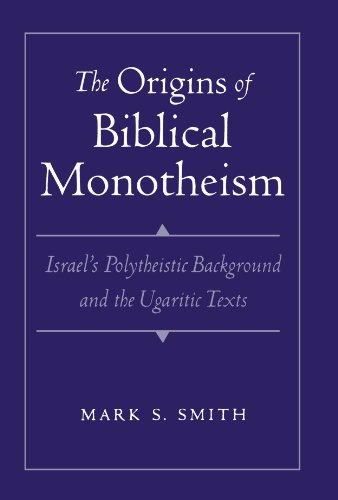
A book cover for The Origins of Biblical Monotheism: Israel's Polytheistic Background and the Ugaritic Texts; Mark S. Smith; Religion & Spirituality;